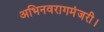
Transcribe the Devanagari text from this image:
अभिनवरागमंजरी।